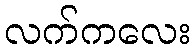
လက်ကလေး